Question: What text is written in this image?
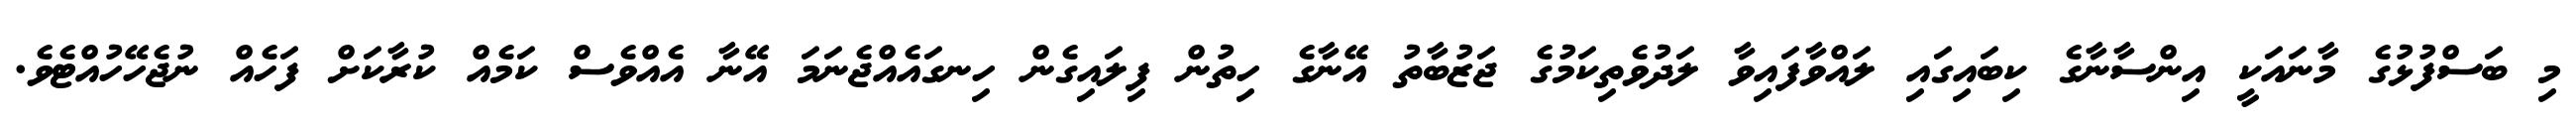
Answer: މި ބަސްފުޅުގެ މާނައަކީ އިންސާނާގެ ކިބައިގައި ލައްވާފައިވާ ލަދުވެތިކަމުގެ ޖަޒުބާތު އޭނާގެ ހިތުން ފިލައިގެން ހިނގައެއްޖެނަމަ އޭނާ އެއްވެސް ކަމެއް ކުރާކަށް ފަހެއް ނުޖެހޭހުއްޓެވެ.